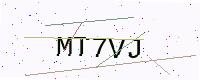
Text: MT7VJ